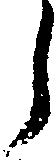
ら